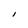
Character: I